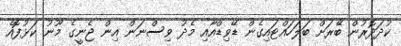
ކުދަދޮރުން ބޭރަށް ބަލަހައްޓައިގެން ޑޭވިޑްއާއި މެދު ވިސްނަން އިން ޖެނީގެ މޫނު ކަޅުފޮއެ